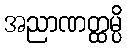
အညာဏတ္ထမ္ပိ